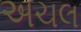
અચલ